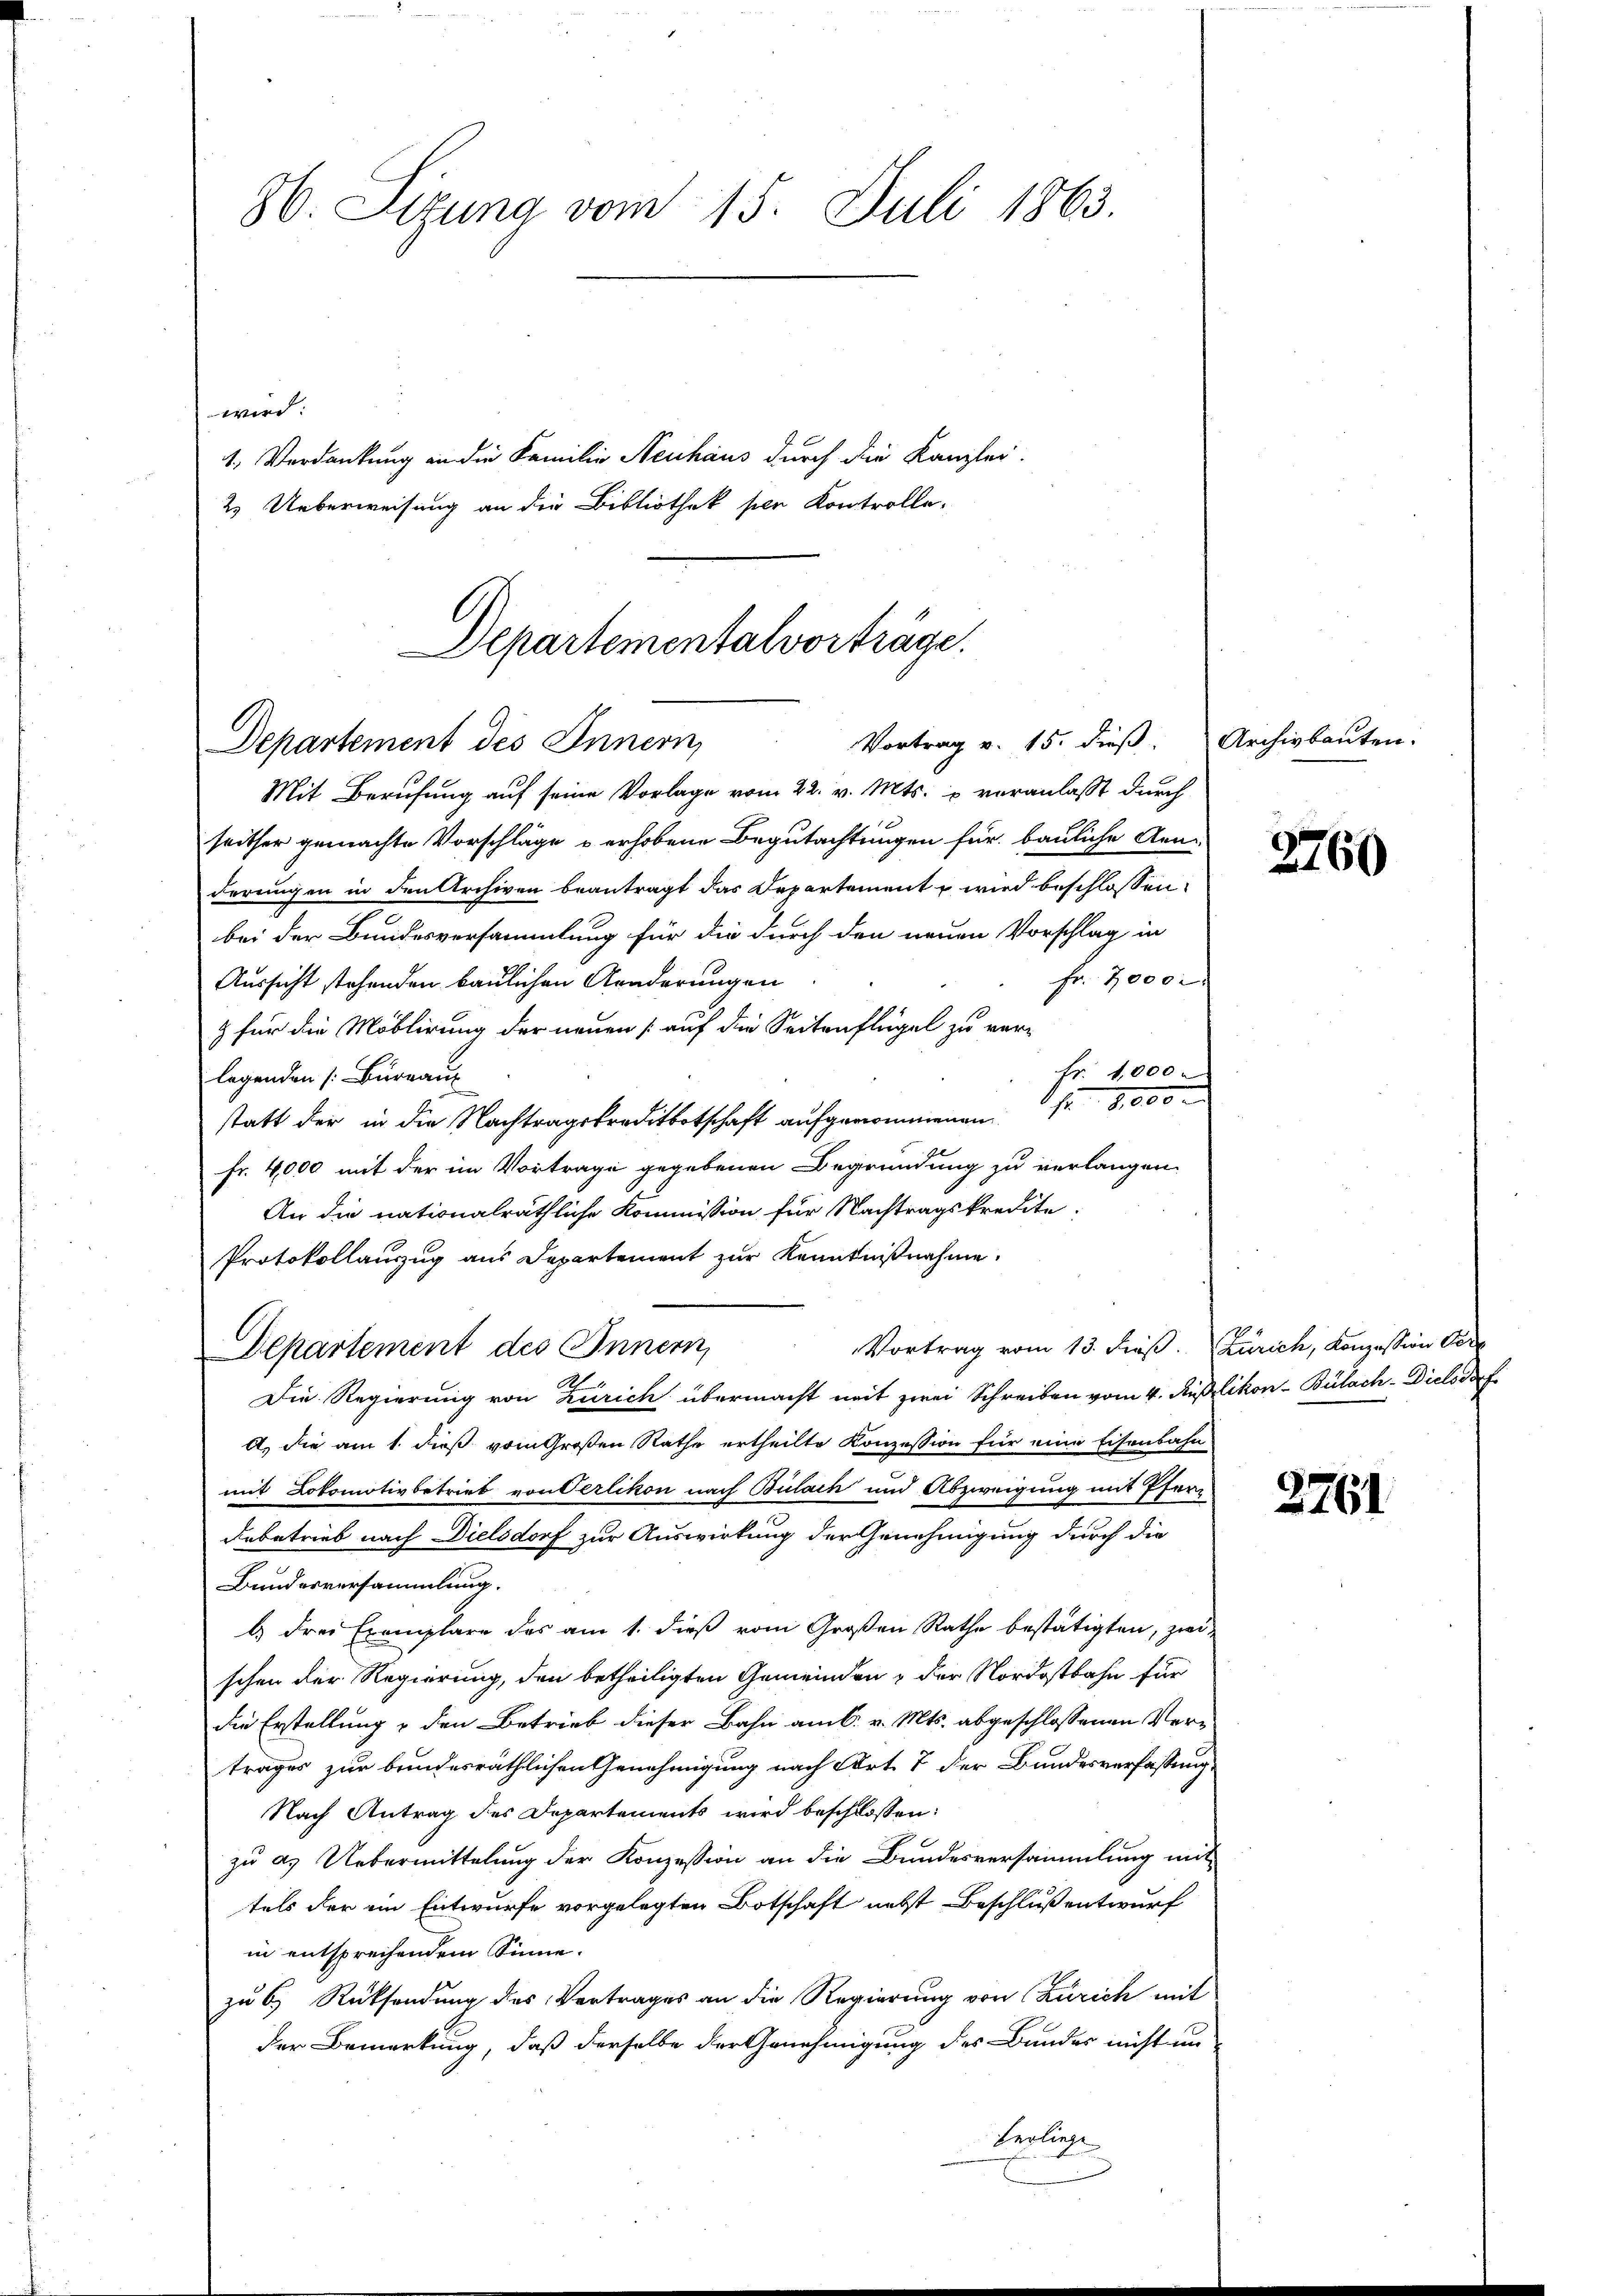
86. Sizung vom 15. Juli 1863.
wird:
1. Verdankung an die Familie Neuhaus durch die Kanzlei-
2. Ueberweisung an die Bibliothek per Kontrolle-

Departementalvorträge.
Vortrag v. 15. dieß. Archivbauten.
Departement des Innern,

Mit Berufung auf seine Vorlage vom 22. v. Mts. u veranlaßt durch
seither gemachte Vorschläge u erhobene Begutachtungen für bauliche Aenderungen in den Archiven beantragt das Departement u wird beschlossen
bei der Bundesversammlung für die durch den neuen Vorschlag in
Fr. 3000
Aussicht stehenden baulichen Aenderungen
& für die Moblirung der neuen (auf die Seitenflügel zu ver-
Fr. 1,000
legenden /: Büreau
statt der in die Nachtragschaft aufgenommenen 8000
Fr. 4000 mit der im Vortrage gegebenen Begründung zu verlangen,
An die nationalräthliche Kommission für Nachtragskredite
Protokollauszug aus Departement zur Kenntnißnahme.
Vortrag vom 13. dieß. Zürich, Konzession dere
Departement des Innern,
A
Die Regierung von Zürich übermacht mit zwei Schreiben vom 4. Auslikon-Bülach - Dielsdorf
A. die am 1. dieß vom Großen Rathe ertheilte Konzession für eine Eisenbahn
mit Lokomotivbetrieb von Serlikon nach Bülach und Abzweigung mit Pfarrdebetrieb nach Dielsdorf zur Auswirkung der Genehmigung durch die
Bundesversammlung.
b.) drei Exemplare des am 1. dieß vom Großen Rathe bestätigten, zweischen der Regierung, den betheiligten Gemeinden & der Nordostbahn für
die Erstellung & den Betrieb dieser Bahn am 6. v. Mts. abgeschlossenen Vertrages zur bundesräthlichen Genehmigung nach Art. 7 der Bundesverfassung,
Nach Antrag des Departements wird beschlossen:
zu as Uebermittelung der Konzession an die Bundesversammlung mit
tels der ein Entwurfe vorgelegten Botschaft nebst Beschluß entwurf
in entsprechendem Sinne.
zu 6. Rücksendung des Vertrages an die Regierung von Zürich mit
der Bemerkung, daß derselbe der Genehmigung des Bundes nicht un
Herliege

2760

2761